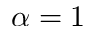
\alpha = 1